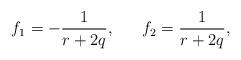
LaTeX: \begin{align*}f_{1}=-\frac{1}{r+2q},~~~~~f_{2}=\frac{1}{r+2q}, \end{align*}